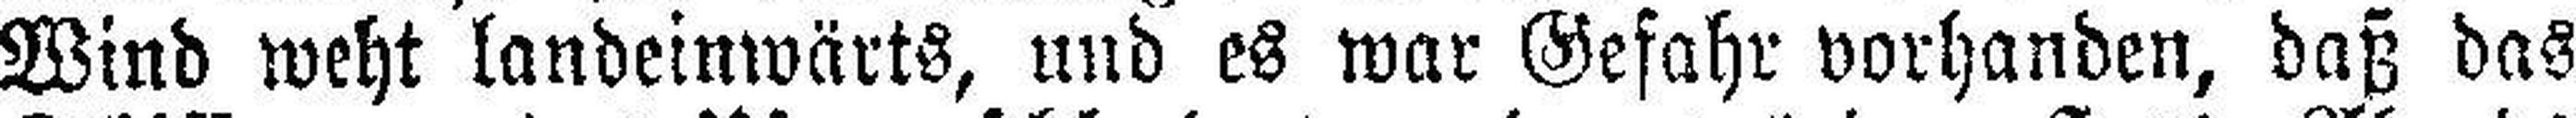
Wind weht landeinwärts, und es war Gefahr vorhanden, daß das